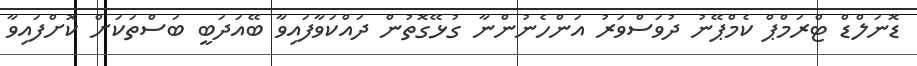
ޑޮނަލްޑް ޓްރަމްޕް ކެމްޕޭނު ދުވަސްވަރު އަންހެނުންނާ ގުޅޭގޮތުން ދައްކަވާފައިވާ ބޭއަދަބީ ބަސްތަކަށް ކޮށްފައިވާ